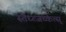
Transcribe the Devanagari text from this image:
स्तैघ्त्जच्केत्स्